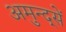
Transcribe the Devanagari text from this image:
अमुन्द्सें